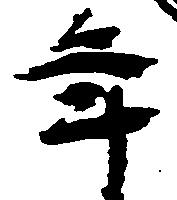
年